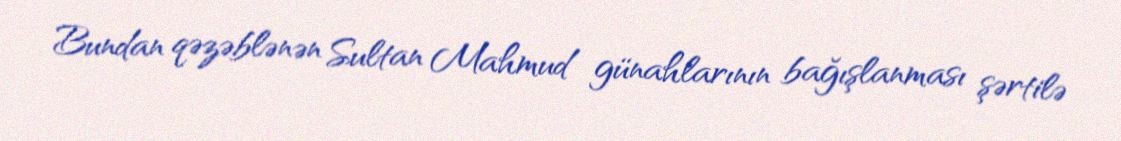
Bundan qəzəblənən Sultan Mahmud günahlarının bağışlanması şərtilə